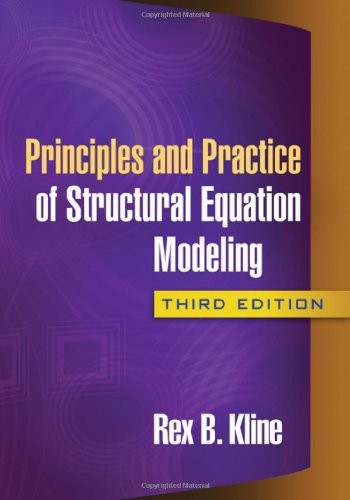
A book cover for Principles and Practice of Structural Equation Modeling, Third Edition (Methodology in the Social Sciences); Rex B. Kline; Medical Books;